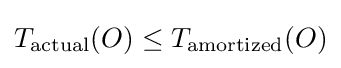
T_{\mathrm {actual} }(O)\leq T_{\mathrm {amortized} }(O)